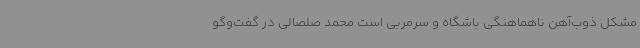
مشکل ذوب‌آهن ناهماهنگی باشگاه و سرمربی است محمد صلصالی در گفت‌وگو